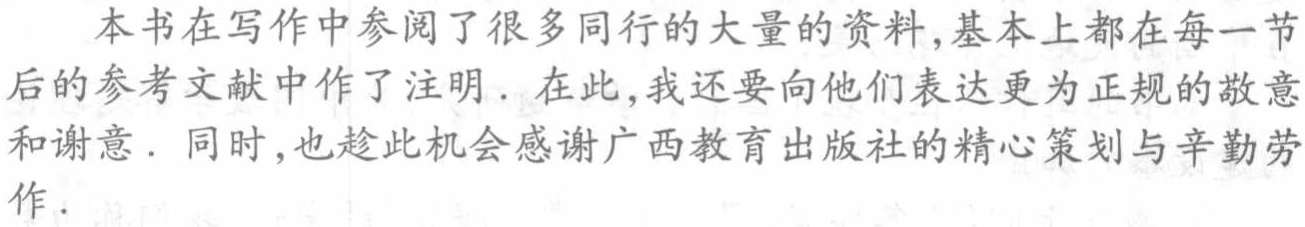
本书在写作中参阅了很多同行的大量的资料,基本上都在每一节后的参考文献中作了注明. 在此,我还要向他们表达更为正规的敬意和谢意. 同时,也趁此机会感谢广西教育出版社的精心策划与辛勤劳作.